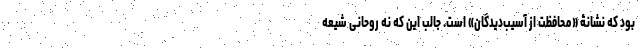
بود که نشانۀ «محافظت از آسیب‌دیدگان» است. جالب این که نه روحانی شیعه